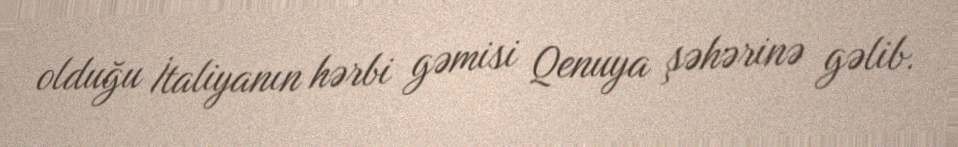
olduğu İtaliyanın hərbi gəmisi Qenuya şəhərinə gəlib.